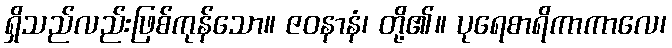
ရှိသည်လည်းဖြစ်ကုန်သော။ ဇဝနာနံ၊ တို့၏။ ပုရေစာရိကာကာလေ၊